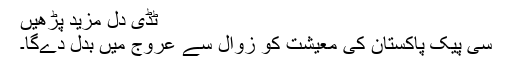
ٹڈی دل مزید پڑھیں
سی پیک پاکستان کی معیشت کو زوال سے عروج میں بدل دےگا۔